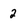
Character: 2